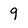
Character: 9